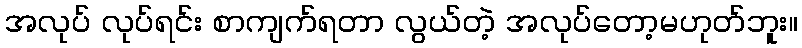
အလုပ် လုပ်ရင်း စာကျက်ရတာ လွယ်တဲ့ အလုပ်တော့မဟုတ်ဘူး။